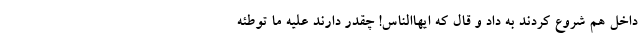
داخل هم شروع کردند به داد و قال که ایهاالناس! چقدر دارند علیه ما توطئه